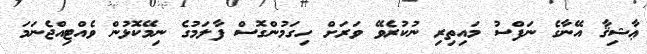
ޢާޝިޤާ އޭނާގެ ނަފްސު މައިތިރި ނުކުރެވޭ ވަރަށް ހިގަމުންގޮސް ފާލަމުގެ ނިމޭކޮޅުން ވެއްޓިއްޖެނަމަ